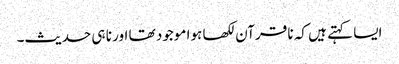
ایسا کہتے ہیں کہ نا قرآن لکھا ہوا موجود تھا اور نا ہی حدیث۔